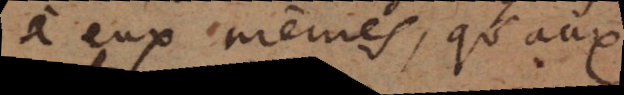
à eux mêmes, qu’aux